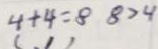
4 + 4 = 8 8 > 4